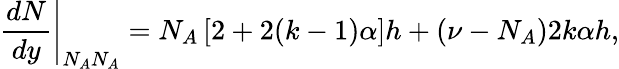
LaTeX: \left.\frac{dN}{dy}\right|_{N_{A}N_{A}}=N_{A}\left[2+2(k-1)\alpha\right]h+(\nu-N_{A})2k\alpha h,